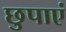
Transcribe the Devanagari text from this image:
छुपाएं